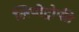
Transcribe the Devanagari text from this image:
लिपोट्रोफी